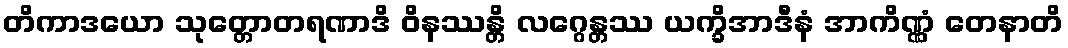
တိကာဒယော သုတ္တောတရဏာဒိ ဝိနဿန္တိ လဂ္ဂေန္တဿ ယက္ခိအာဒီနံ အာကိဏ္ဏံ တေနာတိ